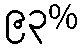
၉၃%